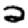
Digit: 2